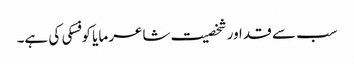
سب سے قد اور شخصیت شاعر مایا کوفسکی کی ہے۔